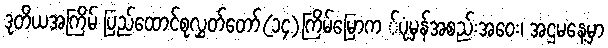
ဒုတိယအကြိမ် ပြည်ထောင်စုလွှတ်တော်(၁၄)ကြိမ်မြောက ်ပုံမှန်အစည်းအဝေး၊ အဌမနေ့မှာ